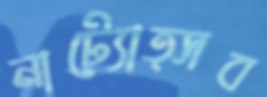
নাট্যোত্সব